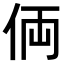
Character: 𠈓